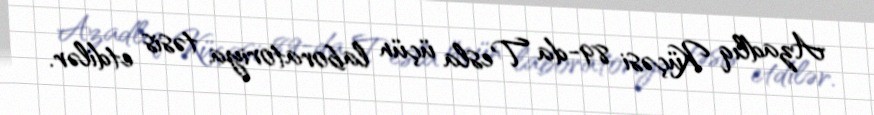
Azadlıq Küçəsi 89-da Tesla üçün laboratoriya təsis etdilər.